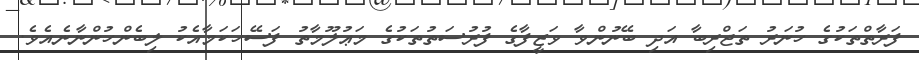
ފަރާތްތަކުގެ ހުނަރު ތަޖްރިބާ އަދި ބޭނުންވާ ވަޒީފާގެ ފުރުސަތުތަކުގެ މަޢުލޫމާތު ފަސޭހަކަމާއެކު ލިބެންހުންނާނެއެވެ.